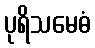
ပုရိသမေဓံ